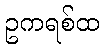
ဥကရစ်ထ